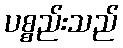
ပစ္စည်းသည်